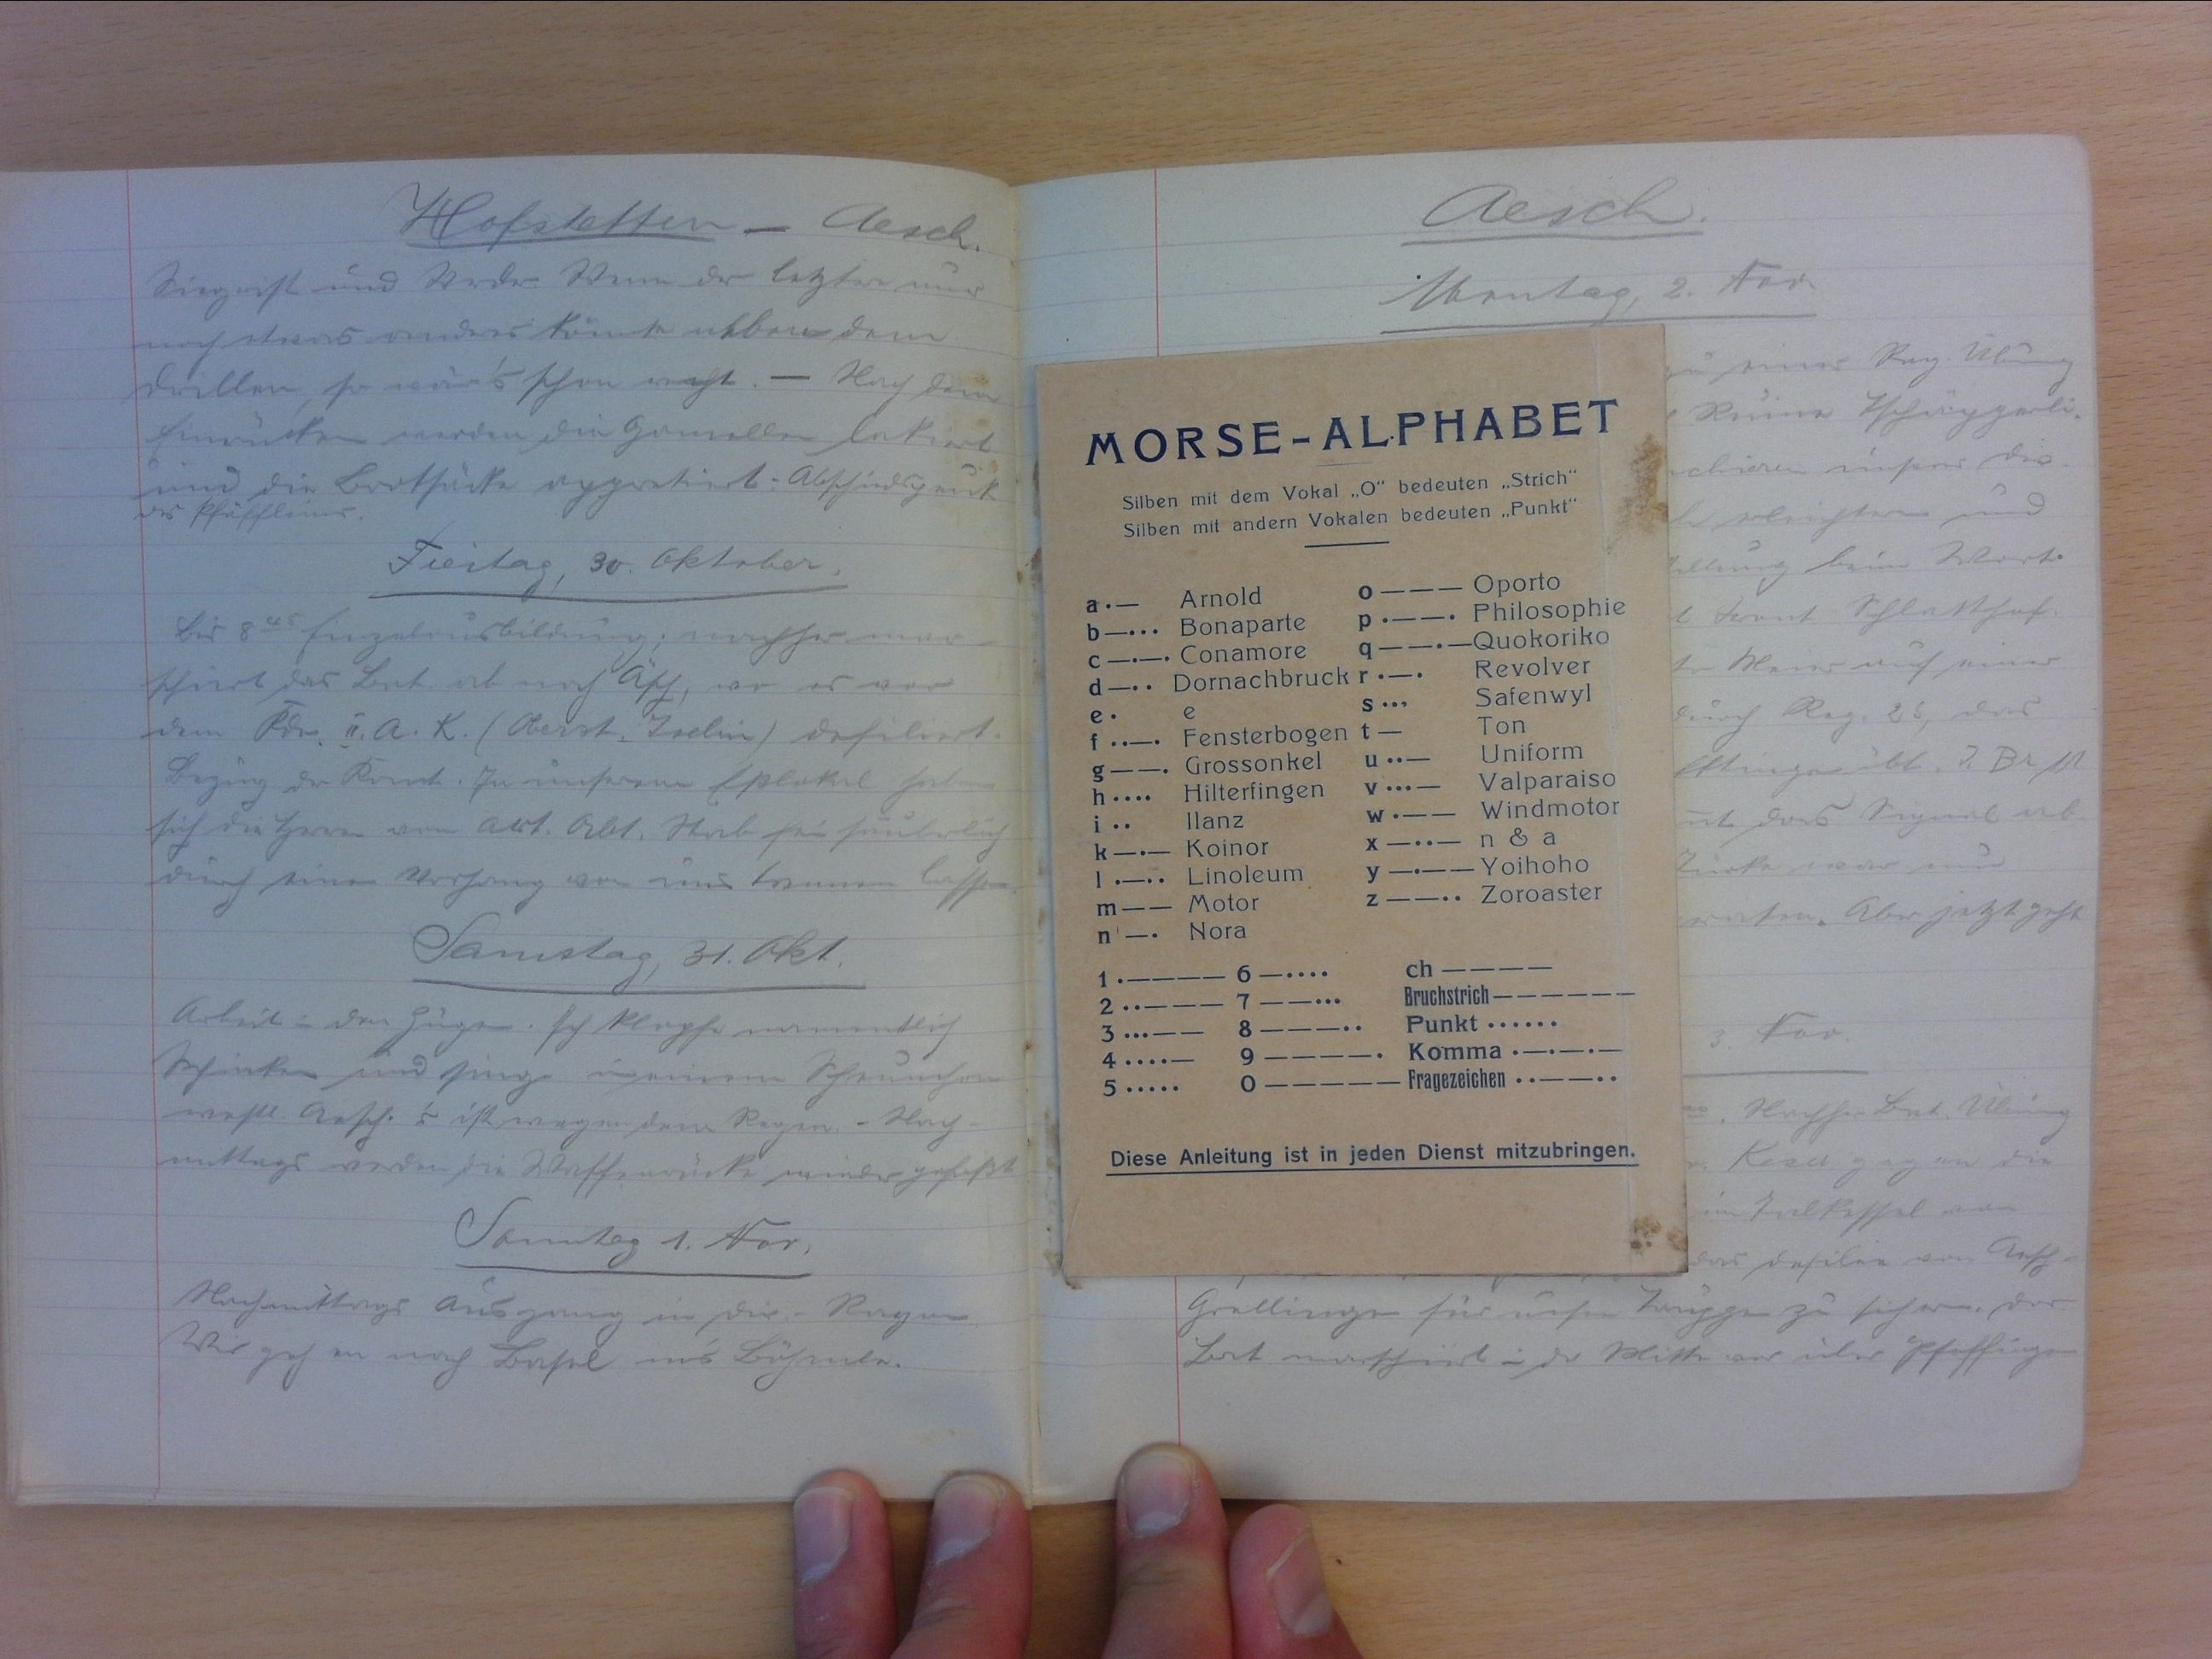
Hofstetten — Aesch
Siegrist und Weder. Wenn der letzte nur
noch etwas andres könnte ukbow denn
drillen, so wär's schon recht. — Nach dem
Einrücken werden die Gamellen lakiert
und die Brotsäcke appretiert. Abschiedpeuk
des Pfäffleins.
Freitag, 23. Oktober
Bis 845 Einzelausbildung, nachher mar-
schiert das Bat. ab nach Äsch, wo es vor
dem Kdo. II. A. K. (Oberst Iselin defiliert.
Bezug der Kannt. In unseren Esslokal haben
sich die Herren vom Art. Abt. Stab fein säuberlich
durch einen Vorhang von uns trennen lassen.
Samstag, 31. Okt.
Arbeit in den Zügen. Ich klopfe namentlich.
Schinken und singe in einem Scheunchen.
westl. Aesch. Es ist wegen dem Regen. - Nach-
mittags werden die Waffenröcks wieder gefasst.
Samstag, 1. Nov.
Nachmittags Ausgang in dir. Rayon.
Wir gehen nach Basel in's Böhmle.